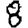
Digit: 8